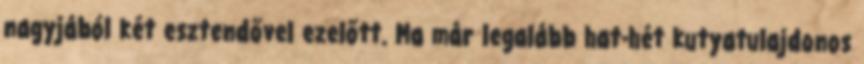
nagyjából két esztendővel ezelőtt. Ma már legalább hat-hét kutyatulajdonos